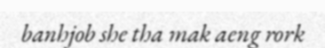
banhjob she tha mak aeng rork